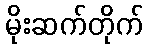
မိုးဆက်တိုက်